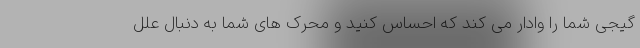
گیجی شما را وادار می کند که احساس کنید و محرک های شما به دنبال علل